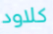
كلاود